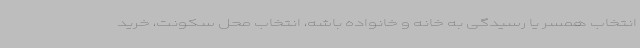
انتخاب همسر یا رسیدگی به خانه و خانواده باشه، انتخاب محل سکونت، خرید